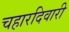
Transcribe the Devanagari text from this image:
चहारदिवारी